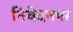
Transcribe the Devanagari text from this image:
निवेदनपर